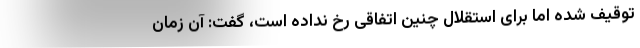
توقیف شده اما برای استقلال چنین اتفاقی رخ نداده است، گفت: آن زمان